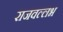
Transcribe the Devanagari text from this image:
राजवल्‍लभ